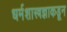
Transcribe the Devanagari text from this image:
धर्मशास्त्रज्ञाकडून